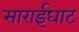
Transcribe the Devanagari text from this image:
साराईघाट